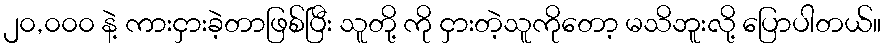
၂၀,၀၀၀ နဲ့ ကားငှားခဲ့တာဖြစ်ပြီး သူတို့ ကို ငှားတဲ့သူကိုတော့ မသိဘူးလို့ ပြောပါတယ်။